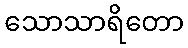
သောသာရိတော